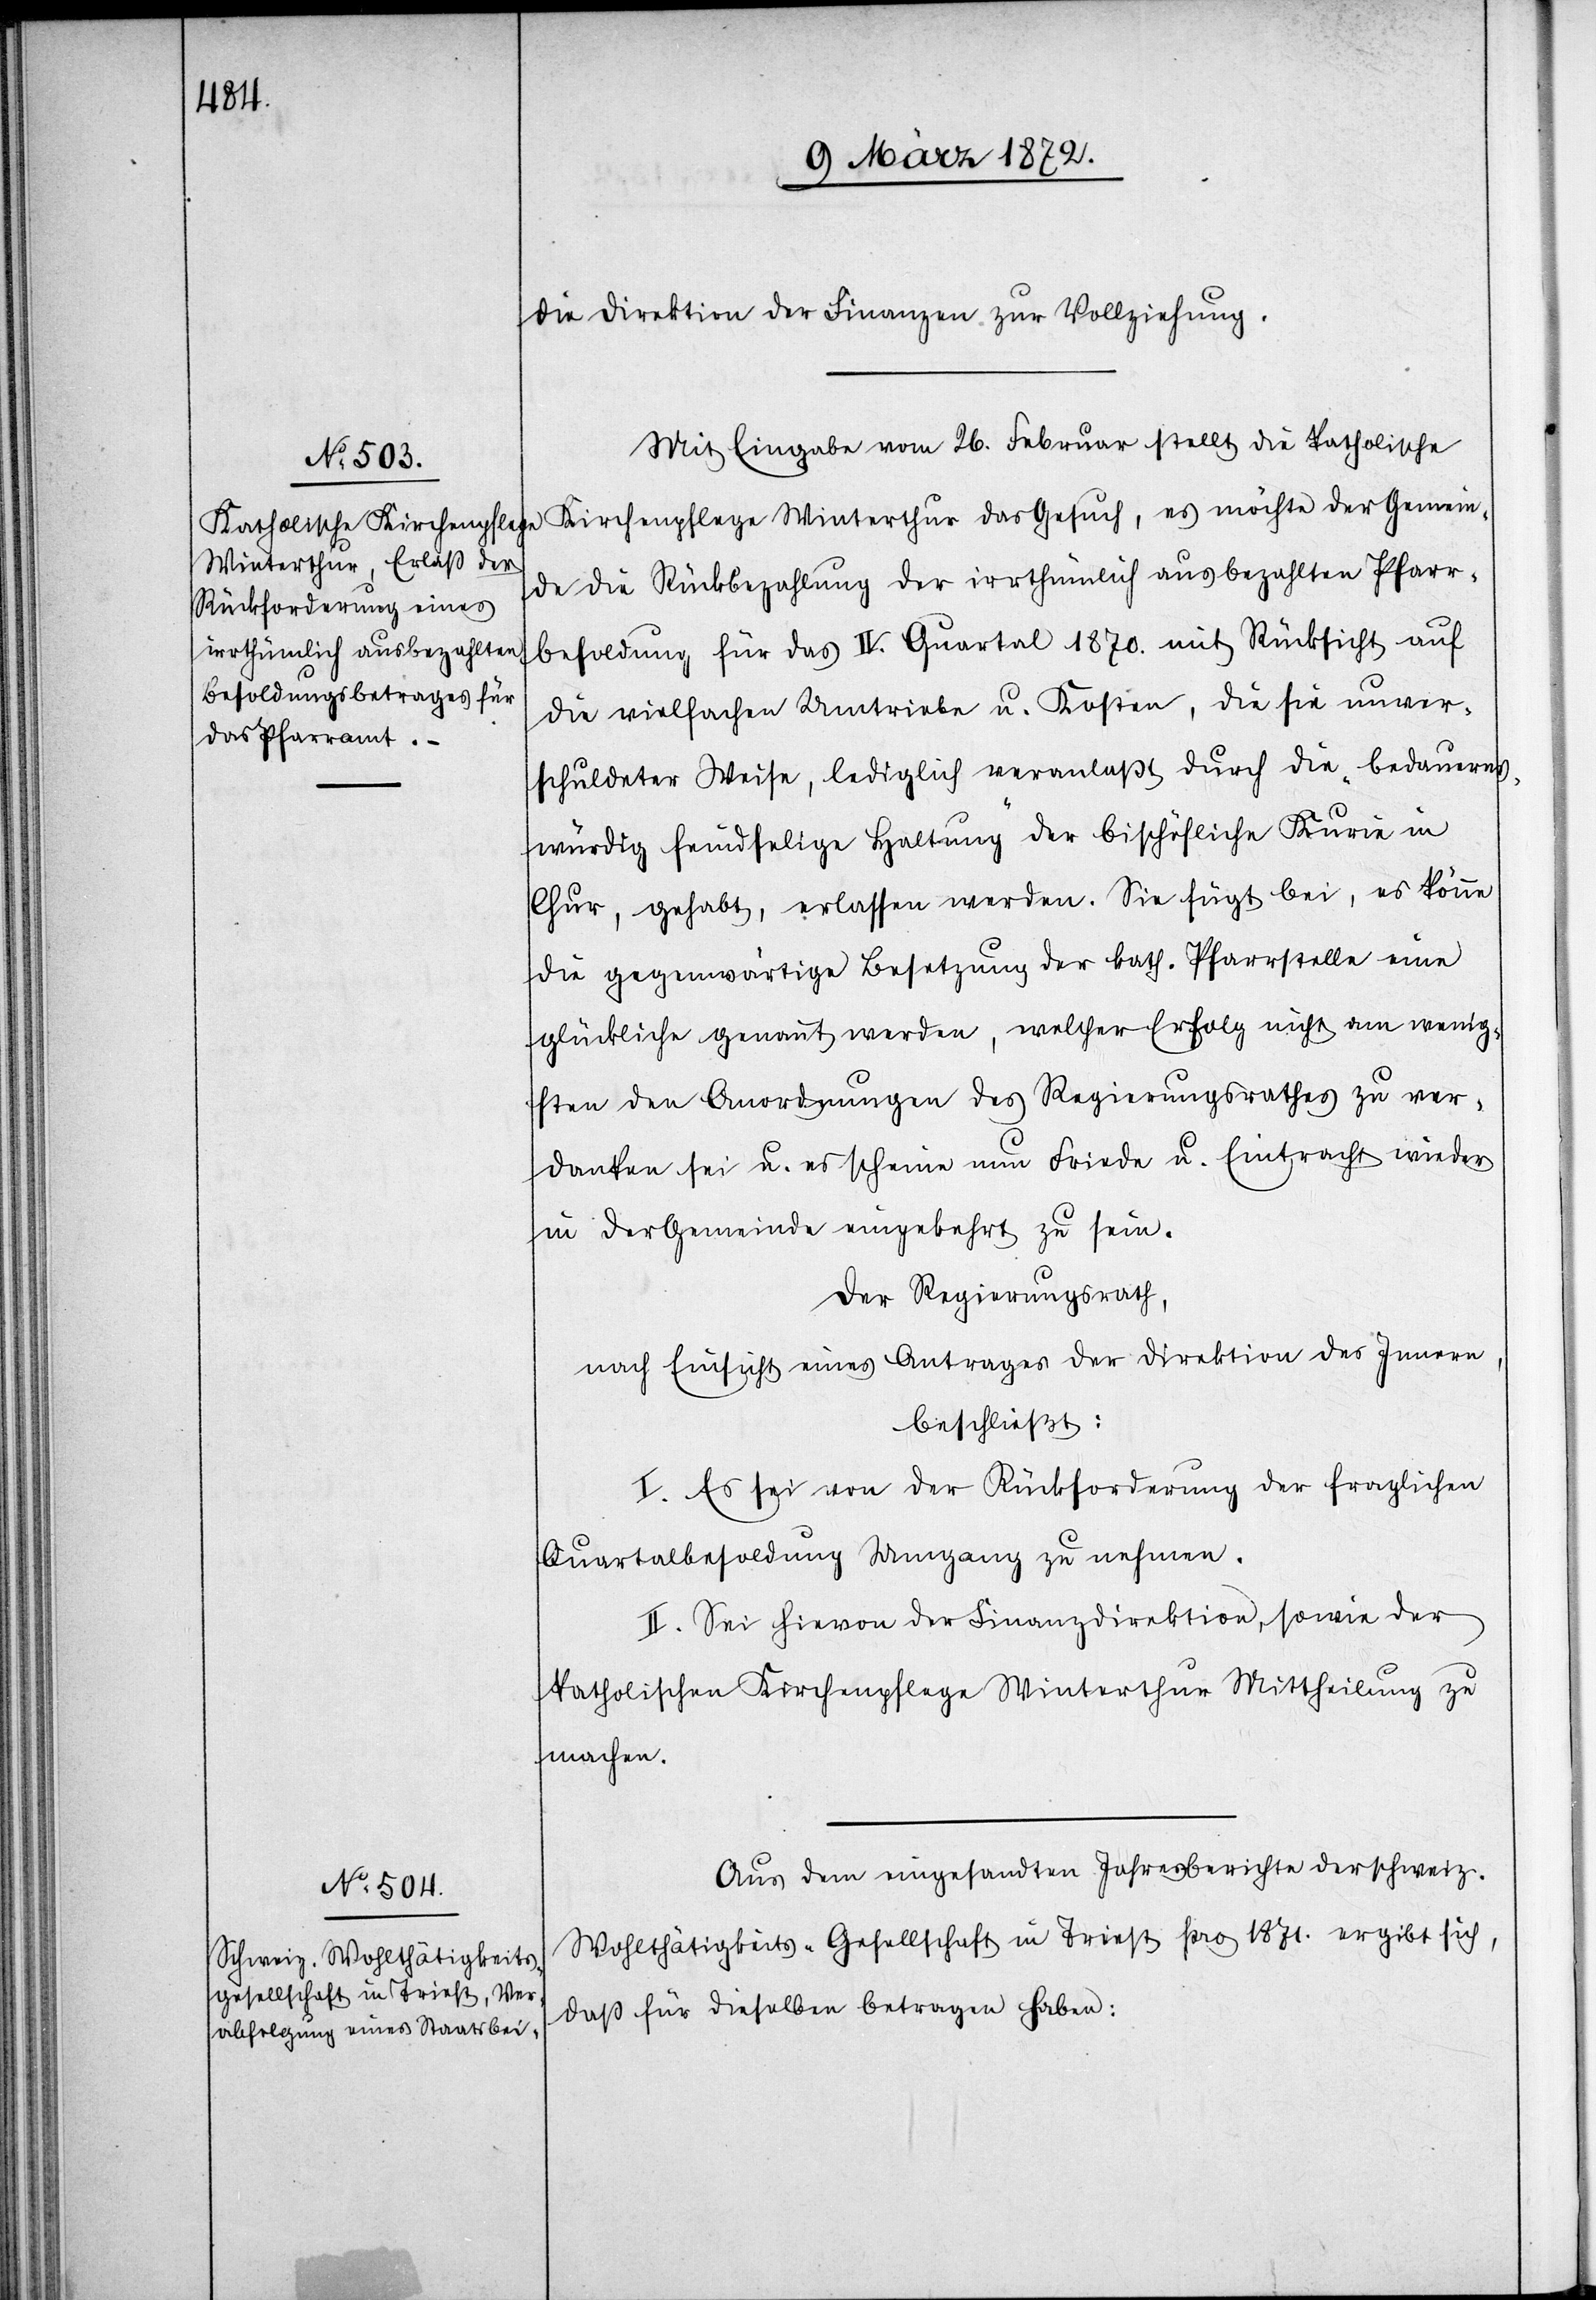
die Direktion der Finanzen zur Vollziehung.
Mit Eingabe vom 26. Februar stellt die katholische
Kirchenpflege Winterthur das Gesuch, es möchte der Gemein¬
de die Rückbezahlung der irrthümlich ausbezahlten Pfarr¬
besoldung für das IV. Quartal 1870. mit Rücksicht auf
die vielfachen Umtriebe u. Kosten, die sie unver¬
schuldeter Weise, lediglich veranlaßt durch die „bedauerns¬
würdig feindselige Haltung“ der bischöfliche[n] Kurie in
Chur, gehabt, erlassen werden. Sie fügt bei, es könne
die gegenwärtige Besetzung der kath. Pfarrstelle eine
glückliche genannt werden, welcher Erfolg nicht am wenig¬
sten den Anordnungen des Regierungsrathes zu ver¬
danken sei u. es scheine nun Friede u. Eintracht wieder
in der Gemeinde eingekehrt zu sein.
Der Regierungsrath,
nach Einsicht eines Antrages der Direktion des Innern,
beschließt:
I. Es sei von der Rückforderung der fraglichen
Quartalbesoldung Umgang zu nehmen.
II. Sei hievon der Finanzdirektion, sowie der
katholischen Kirchenpflege Winterthur Mittheilung zu
machen.
Aus dem eingesandten Jahresberichte der schweiz.
Wohltätigkeits-Gesellschaft in Triest pro 1871. ergibt sich,
daß für dieselben betragen haben: